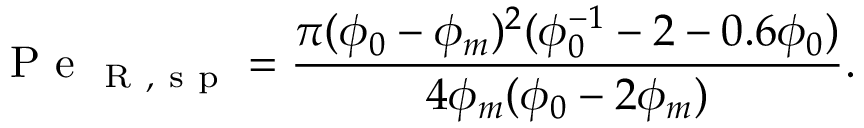
\mathrm { ~ P ~ e ~ } _ { \mathrm { ~ R ~ , ~ s ~ p ~ } } = \frac { \pi ( \phi _ { 0 } - \phi _ { m } ) ^ { 2 } ( \phi _ { 0 } ^ { - 1 } - 2 - 0 . 6 \phi _ { 0 } ) } { 4 \phi _ { m } ( \phi _ { 0 } - 2 \phi _ { m } ) } .